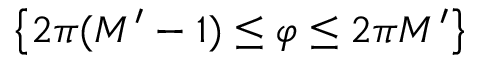
\left\{ 2 \pi ( M ^ { \prime } - 1 ) \le \varphi \le 2 \pi M ^ { \prime } \right\}